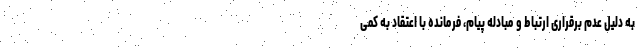
به دلیل عدم برقراری ارتباط و مبادله پیام، فرمانده با اعتقاد به کمی